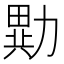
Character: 𭅂